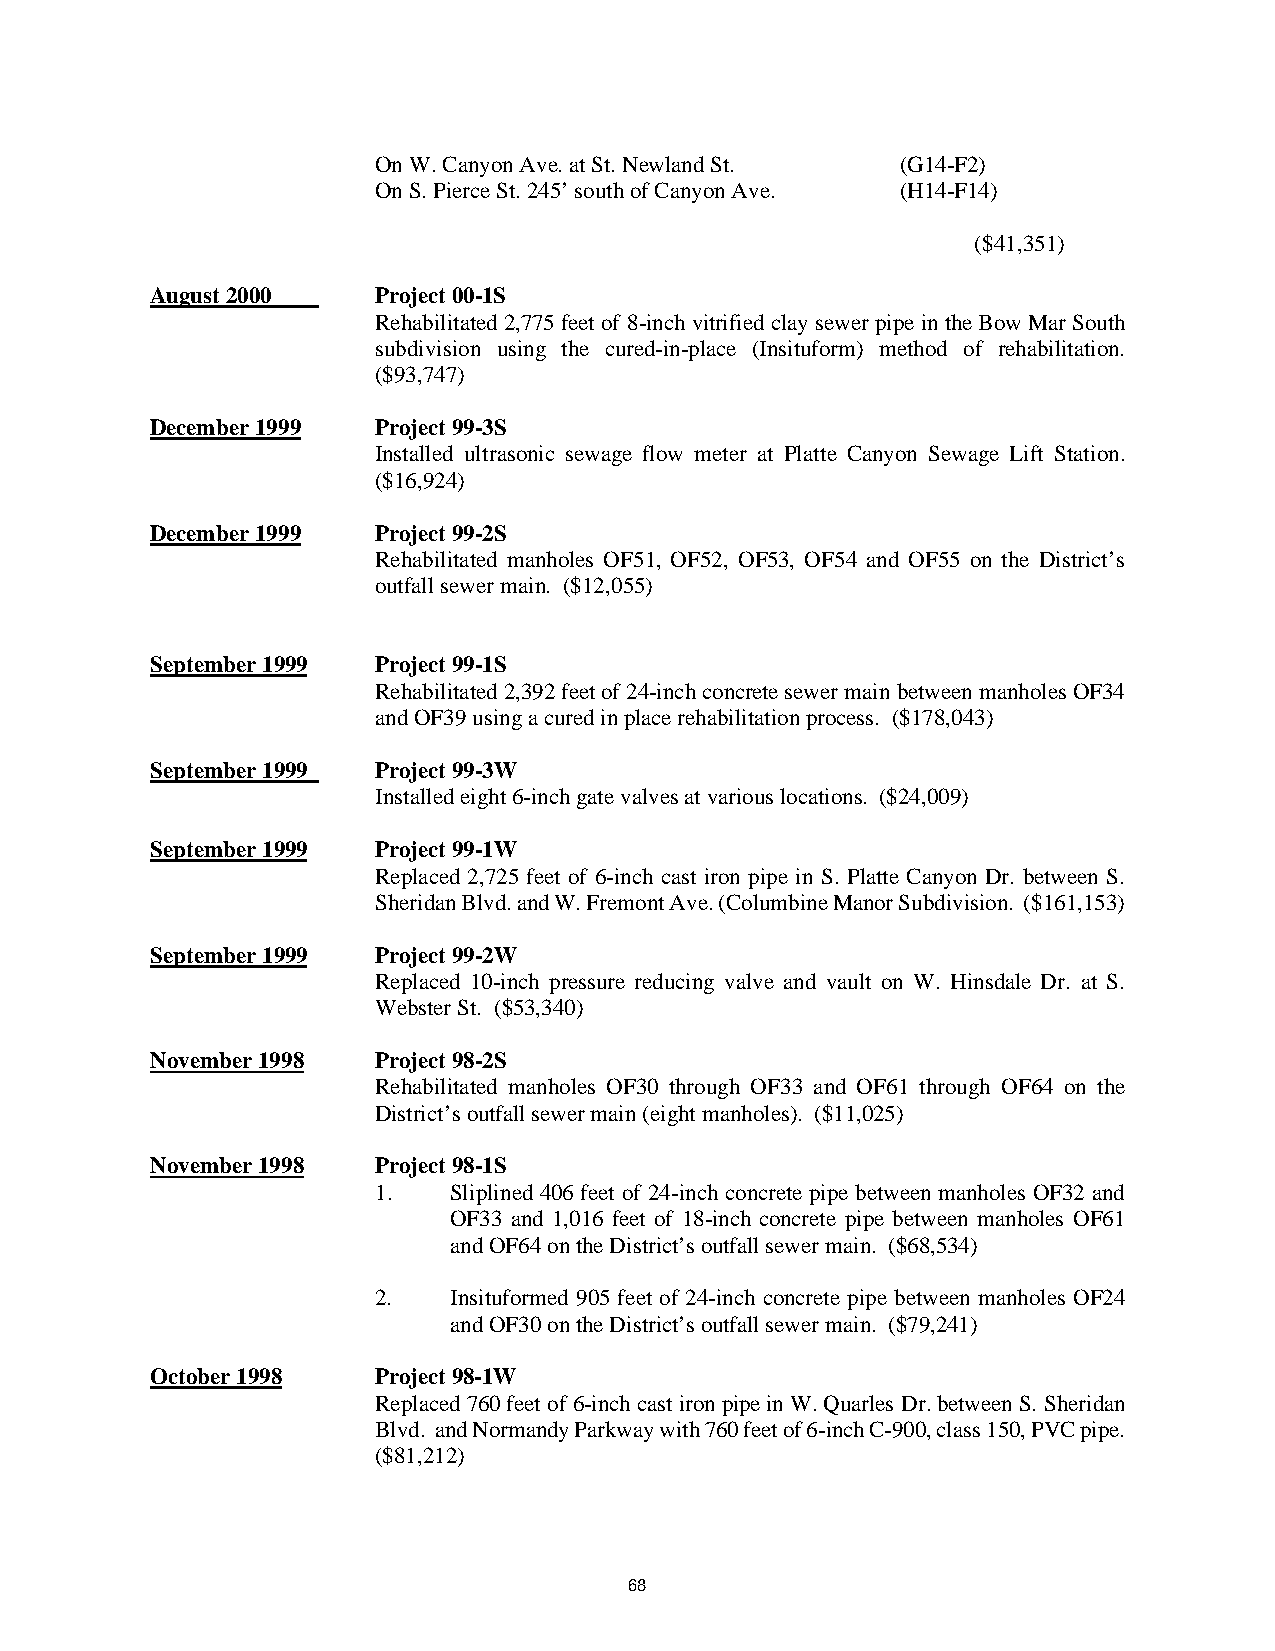
On W. Canyon Ave. at St. Newland St. (G14-F2)
 On S. Pierce St. 245’ south of Canyon Ave. (H14-F14)
 ($41,351)
 August 2000    Project 00-1S
 Rehabilitated 2,775 feet of 8-inch vitrified clay sewer pipe in the Bow Mar South
 subdivision using the cured-in-place (Insituform) method of rehabilitation.
 ($93,747)
 December 1999  Project 99-3S
 Installed ultrasonic sewage flow meter at Platte Canyon Sewage Lift Station.
 ($16,924)
 December 1999  Project 99-2S
 Rehabilitated manholes OF51, OF52, OF53, OF54 and OF55 on the District’s
 outfall sewer main. ($12,055)
 September 1999 Project 99-1S
 Rehabilitated 2,392 feet of 24-inch concrete sewer main between manholes OF34
 and OF39 using a cured in place rehabilitation process. ($178,043)
 September 1999 Project 99-3W
 Installed eight 6-inch gate valves at various locations. ($24,009)
 September 1999 Project 99-1W
 Replaced 2,725 feet of 6-inch cast iron pipe in S. Platte Canyon Dr. between S.
 Sheridan Blvd. and W. Fremont Ave. (Columbine Manor Subdivision. ($161,153)
 September 1999 Project 99-2W
 Replaced 10-inch pressure reducing valve and vault on W. Hinsdale Dr. at S.
 Webster St. ($53,340)
 November 1998  Project 98-2S
 Rehabilitated manholes OF30 through OF33 and OF61 through OF64 on the
 District’s outfall sewer main (eight manholes). ($11,025)
 November 1998  Project 98-1S
 1.   Sliplined 406 feet of 24-inch concrete pipe between manholes OF32 and
 OF33 and 1,016 feet of 18-inch concrete pipe between manholes OF61
 and OF64 on the District’s outfall sewer main. ($68,534)
 2.   Insituformed 905 feet of 24-inch concrete pipe between manholes OF24
 and OF30 on the District’s outfall sewer main. ($79,241)
 October 1998   Project 98-1W
 Replaced 760 feet of 6-inch cast iron pipe in W. Quarles Dr. between S. Sheridan
 Blvd. and Normandy Parkway with 760 feet of 6-inch C-900, class 150, PVC pipe.
 ($81,212)
 68